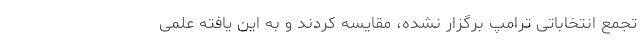
تجمع انتخاباتی ترامپ برگزار نشده، مقایسه کردند و به این یافته علمی